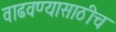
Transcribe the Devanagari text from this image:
वाढवण्यासाठीच